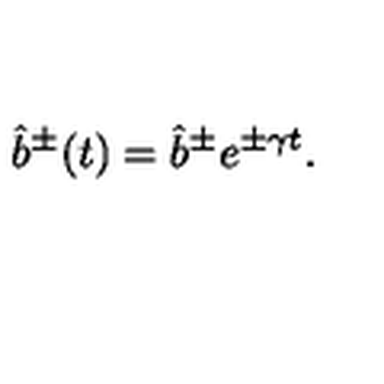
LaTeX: \hat { b } ^ { \pm } ( t ) = \hat { b } ^ { \pm } e ^ { \pm \gamma t } .